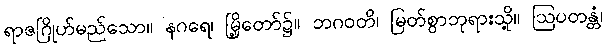
ရာဇဂြိုဟ်မည်သော။ နဂရေ၊ မြို့တော်၌။ ဘဂဝတိ၊ မြတ်စွာဘုရားသို့။ ဩပတန္တံ၊